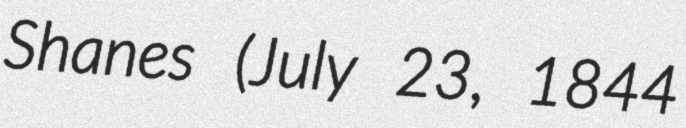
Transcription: Shanes (July 23, 1844